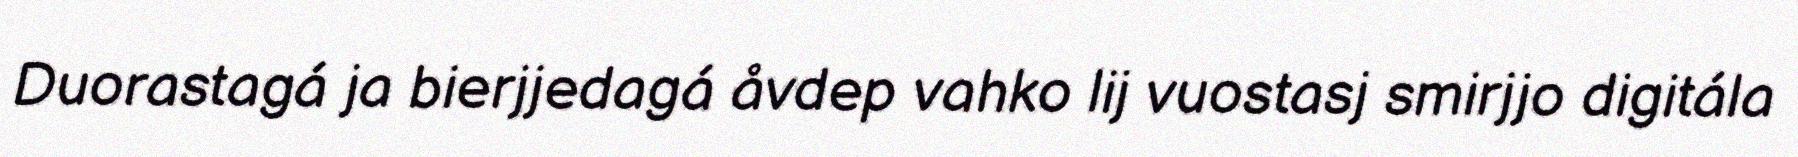
Duorastagá ja bierjjedagá åvdep vahko lij vuostasj smirjjo digitála